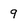
Character: 9